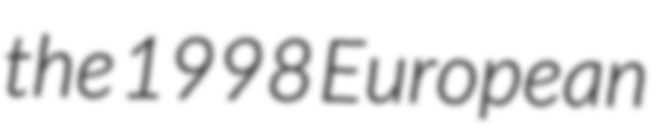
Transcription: the 1998 European